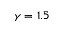
\gamma = 1 . 5